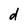
Character: d